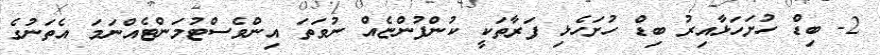
2- ބިޑް ހުށަހަޅާއިރު ބިޑް ހުށަހެޅި ފަރާތަކީ ކުންފުންޏެއް ނުވަތަ އިންވެސްޓުމަންޓެއްނަމަ އެތަނުގެ